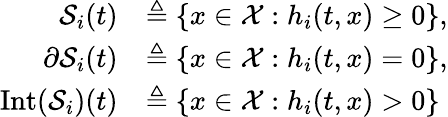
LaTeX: \begin{array}{rl}{\mathcal{S}_{i}(t)}&{\triangleq\{ x\in\mathcal{X}:h_{i}(t,x)\geq 0\} ,}\\ {\partial\mathcal{S}_{i}(t)}&{\triangleq\{ x\in\mathcal{X}:h_{i}(t,x)=0\} ,}\\ {\mathrm{Int}(\mathcal{S}_{i})(t)}&{\triangleq\{ x\in\mathcal{X}:h_{i}(t,x)>0\} }\end{array}